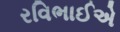
રવિભાઈએ